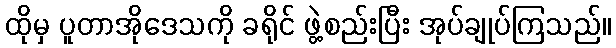
ထိုမှ ပူတာအိုဒေသကို ခရိုင် ဖွဲ့စည်းပြီး အုပ်ချုပ်ကြသည်။